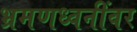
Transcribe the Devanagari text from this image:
भ्रमणध्वनींवर